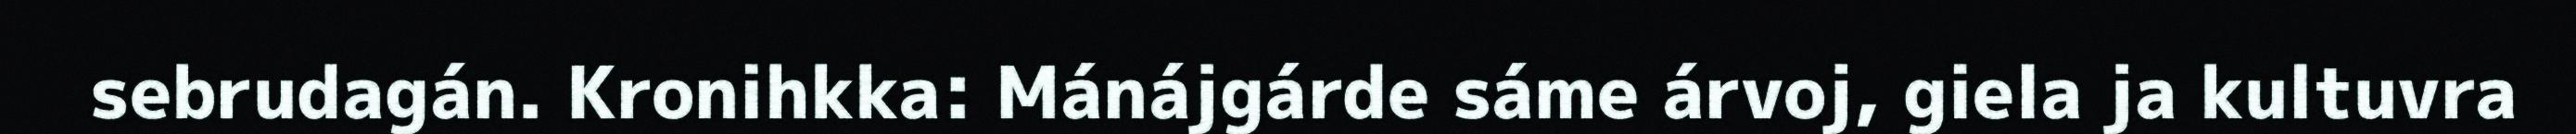
sebrudagán. Kronihkka: Mánájgárde sáme árvoj, giela ja kultuvra